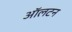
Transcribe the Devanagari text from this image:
ऑलटन